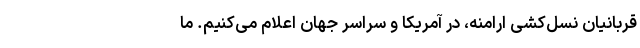
قربانیان نسل‌کشی ارامنه، در آمریکا و سراسر جهان اعلام می‌کنیم. ما